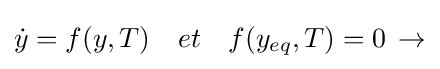
{\dot {y}}=f(y,T)\quad et\quad f(y_{eq},T)=0\,\rightarrow